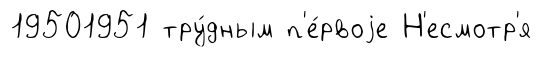
19501951 тру́дным п'е́рвоjе Н'есмотр'я